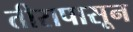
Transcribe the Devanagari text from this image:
तीरापासून